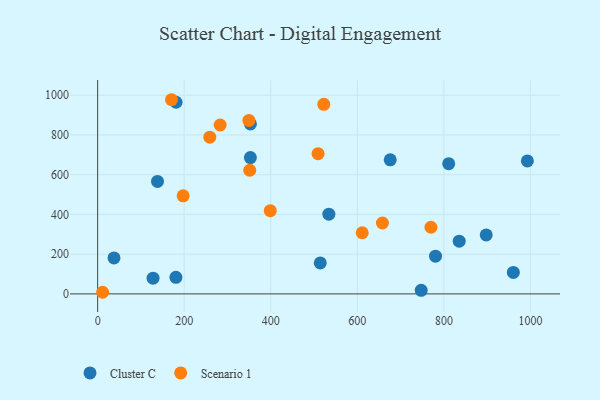
{"axis": {"x": "Experience", "y": "Yield"}, "legend": ["Cluster C", "Scenario 1"], "data": [{"x": "534.2", "y": 401.2, "type": "Cluster C"}, {"x": "352.9", "y": 685.9, "type": "Cluster C"}, {"x": "138.3", "y": 565.9, "type": "Cluster C"}, {"x": "897.8", "y": 296.7, "type": "Cluster C"}, {"x": "514.4", "y": 155.7, "type": "Cluster C"}, {"x": "780.7", "y": 189.7, "type": "Cluster C"}, {"x": "181.2", "y": 964.5, "type": "Cluster C"}, {"x": "992.9", "y": 669.0, "type": "Cluster C"}, {"x": "811.1", "y": 655.3, "type": "Cluster C"}, {"x": "353.0", "y": 855.3, "type": "Cluster C"}, {"x": "180.8", "y": 83.6, "type": "Cluster C"}, {"x": "128.0", "y": 79.0, "type": "Cluster C"}, {"x": "37.8", "y": 181.0, "type": "Cluster C"}, {"x": "960.5", "y": 108.0, "type": "Cluster C"}, {"x": "835.4", "y": 265.4, "type": "Cluster C"}, {"x": "676.0", "y": 674.9, "type": "Cluster C"}, {"x": "747.6", "y": 18.1, "type": "Cluster C"}, {"x": "658.0", "y": 356.7, "type": "Scenario 1"}, {"x": "611.3", "y": 307.8, "type": "Scenario 1"}, {"x": "197.5", "y": 493.7, "type": "Scenario 1"}, {"x": "170.7", "y": 977.3, "type": "Scenario 1"}, {"x": "509.3", "y": 705.8, "type": "Scenario 1"}, {"x": "351.4", "y": 622.3, "type": "Scenario 1"}, {"x": "349.5", "y": 872.9, "type": "Scenario 1"}, {"x": "283.0", "y": 850.2, "type": "Scenario 1"}, {"x": "259.1", "y": 788.7, "type": "Scenario 1"}, {"x": "398.9", "y": 418.8, "type": "Scenario 1"}, {"x": "770.1", "y": 335.5, "type": "Scenario 1"}, {"x": "522.5", "y": 953.9, "type": "Scenario 1"}, {"x": "11.5", "y": 8.1, "type": "Scenario 1"}]}